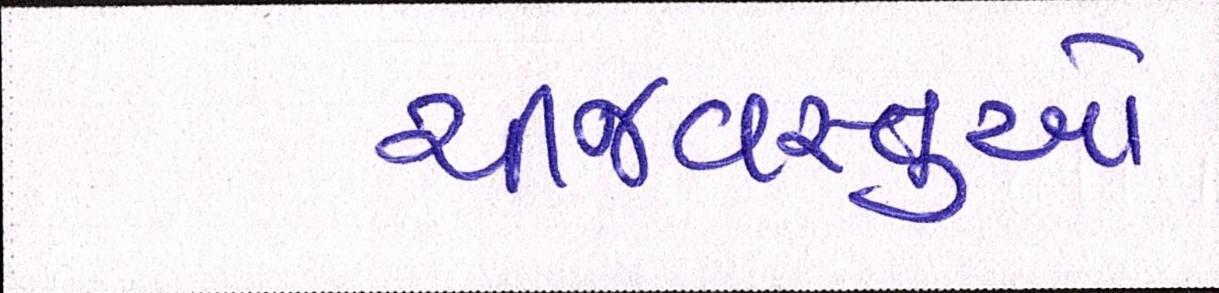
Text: ચીજવસ્તુઓ